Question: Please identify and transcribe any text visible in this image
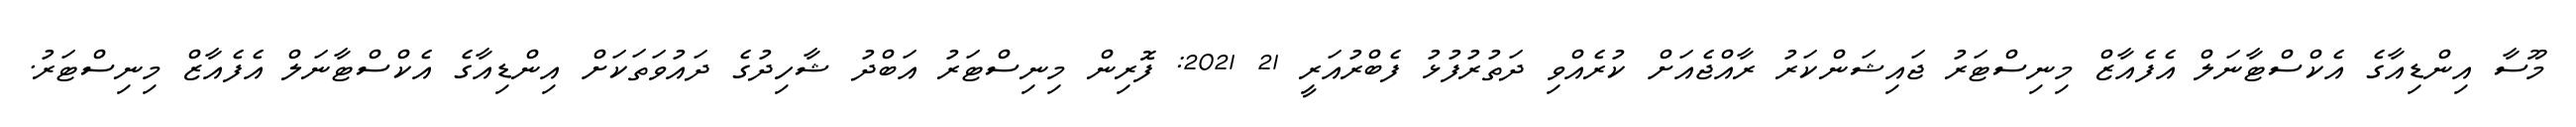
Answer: މޫސާ އިންޑިއާގެ އެކްސްޓާނަލް އެފެއާޒް މިނިސްޓަރު ޖައިޝަންކަރު ރާއްޖެއަށް ކުރެއްވި ދަތުރުފުޅު ފެބްރުއަރީ 21 2021: ފޮރިން މިނިސްޓަރު އަބްދު ޝާހިދުގެ ދައުވަތަކަށް އިންޑިއާގެ އެކްސްޓާނަލް އެފެއާޒް މިނިސްޓަރު.